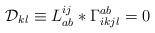
LaTeX: \begin{align*}{\cal D}_{kl} \equiv L_{ab}^{ij}*\Gamma_{ikjl}^{ab} = 0\end{align*}